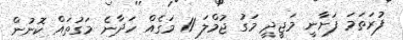
ފުރަތަމަ ފަށާނީ މަޖީދީ މަގު ޖުމްލަ 11 މަގެއް ހަދާނެ މަގުތައް ކޮނުން